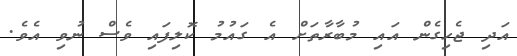
އަދި ޖެހިގެން އައި މުބާރާތަށް އެ ގައުމު ކޮލިފައި ވެސް ނުވި އެވެ.